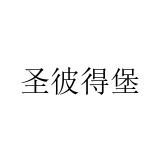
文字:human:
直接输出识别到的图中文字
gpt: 圣彼得堡